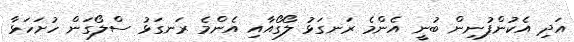
އަދި އެކުންފުނިން ބުނީ އެންމެ ރަނގަޅު ލޯގޯއާއި އެންމެ ރަނގަޅު ސްލޯގަން ހުށަހަޅާ